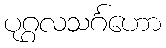
ပုဂ္ဂလသင်္ဂဟော